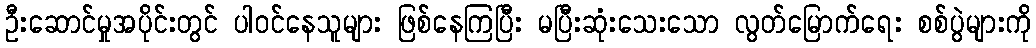
ဦးဆောင်မှုအပိုင်းတွင် ပါဝင်နေသူများ ဖြစ်နေကြပြီး မပြီးဆုံးသေးသော လွတ်မြောက်ရေး စစ်ပွဲများကို